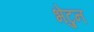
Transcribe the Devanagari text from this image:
भेटुन